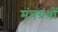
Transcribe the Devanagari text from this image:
मंत्रग्रंथों